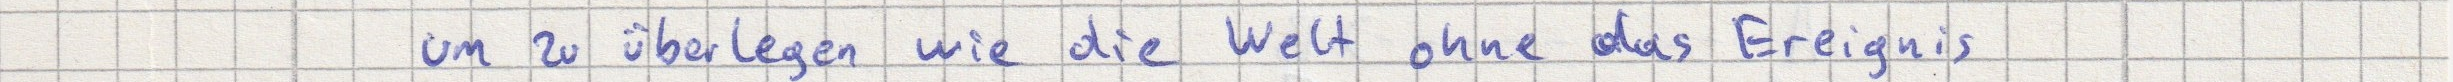
um zu überlegen wie die Welt ohne das Ereignis